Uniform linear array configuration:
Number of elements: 8
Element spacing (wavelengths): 1
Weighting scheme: exponential
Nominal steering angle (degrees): -15
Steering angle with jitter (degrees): -14.142
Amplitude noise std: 0.05
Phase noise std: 0.05

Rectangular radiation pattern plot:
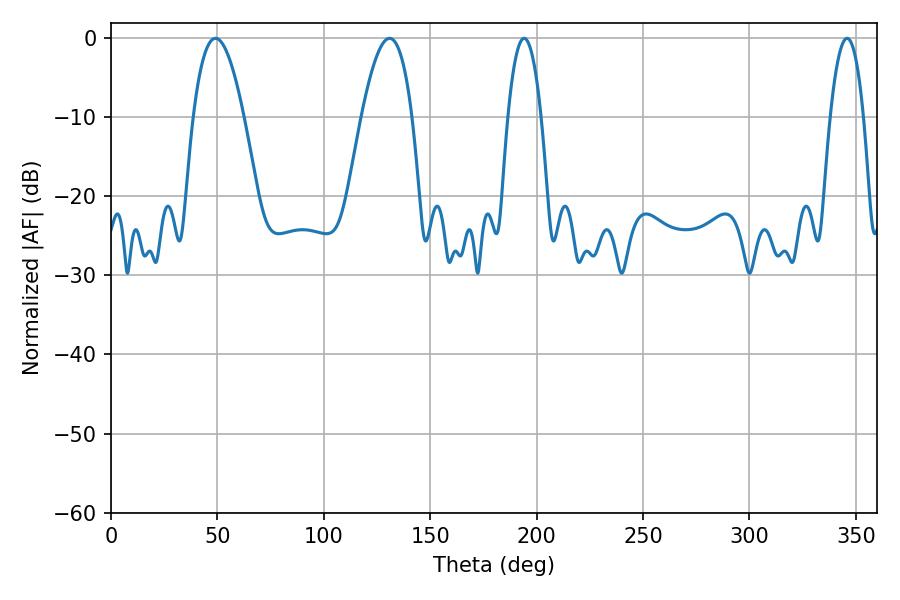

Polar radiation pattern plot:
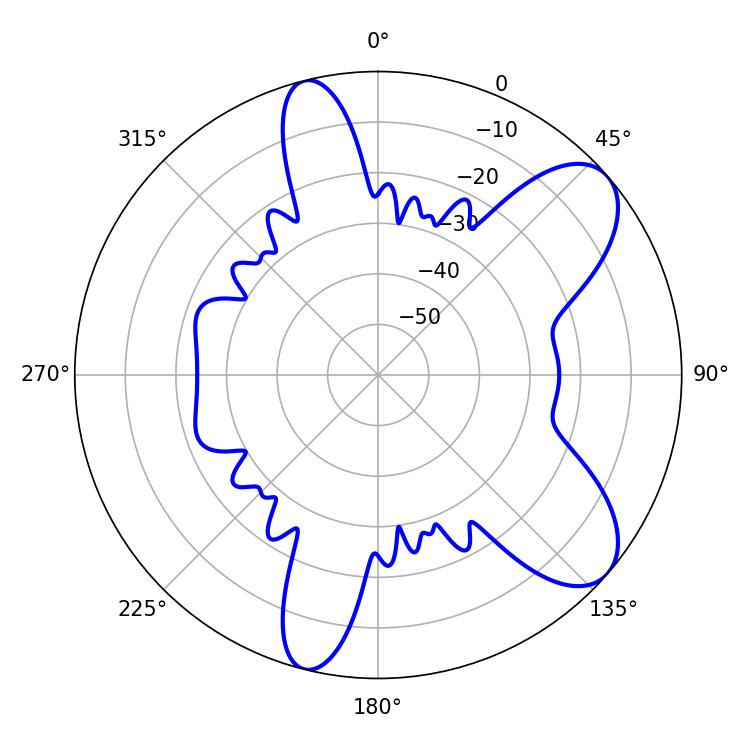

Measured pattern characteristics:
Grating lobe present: TRUE
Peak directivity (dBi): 8.359
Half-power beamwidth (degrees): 12.96
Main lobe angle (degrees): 49.14